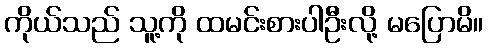
ကိုယ်သည် သူ့ကို ထမင်းစားပါဦးလို့ မပြောမိ။